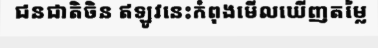
ជនជាតិចិន ឥឡូវនេះកំពុងមើលឃើញតម្លៃ